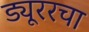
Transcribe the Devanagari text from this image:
ड्यूररचा